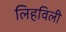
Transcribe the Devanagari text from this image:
लिहविली